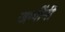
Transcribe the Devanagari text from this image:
जग्गींनी